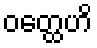
ဝတ္ထေဟိ